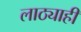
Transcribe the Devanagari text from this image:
लाठ्याही